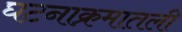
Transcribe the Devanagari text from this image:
घटनाक्रमातली